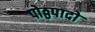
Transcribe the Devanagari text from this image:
पोठ्ठपादो